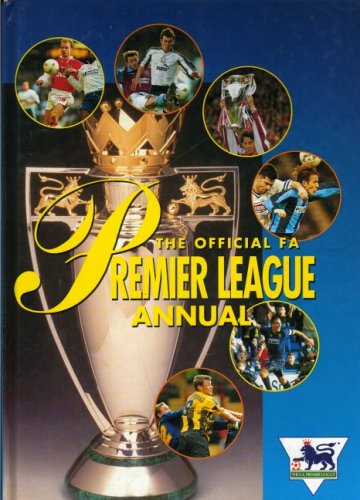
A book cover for The Official F.A.Premier League Annual; Grand Dreams; Teen & Young Adult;